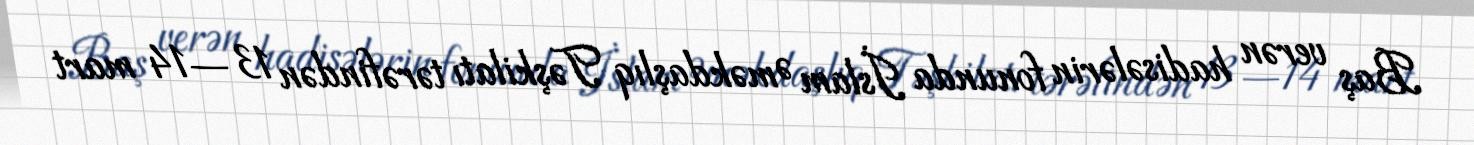
Baş verən hadisələrin fonunda İslam Əməkdaşlıq Təşkilatı tərəfindən 13—14 mart